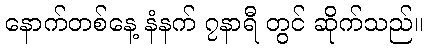
နောက်တစ်နေ့ နံနက် ၇နာရီ တွင် ဆိုက်သည်။